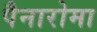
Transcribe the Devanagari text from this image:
पैनारोमा